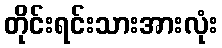
တိုင်းရင်းသားအားလုံး